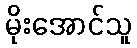
မိုးအောင်သူ